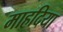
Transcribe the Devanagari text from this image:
माहदिया